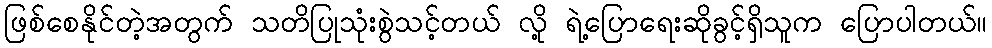
ဖြစ်စေနိုင်တဲ့အတွက် သတိပြုသုံးစွဲသင့်တယ် လို့ ရဲ့ပြောရေးဆိုခွင့်ရှိသူက ပြောပါတယ်။